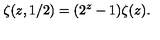
\zeta ( z , 1 / 2 ) = ( 2 ^ { z } - 1 ) \zeta ( z ) .